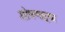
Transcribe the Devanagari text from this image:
शोषणाऱ्या